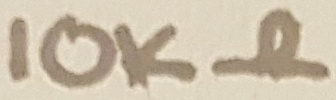
Text: 10Kµ